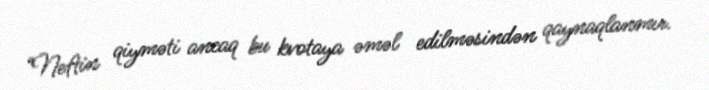
“Neftin qiyməti ancaq bu kvotaya əməl edilməsindən qaynaqlanmır.